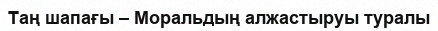
Таң шапағы – Моральдың алжастыруы туралы